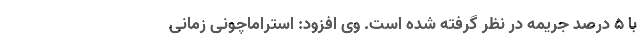
با 5 درصد جریمه در نظر گرفته شده است. وی افزود: استراماچونی زمانی